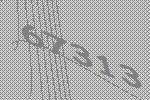
67313